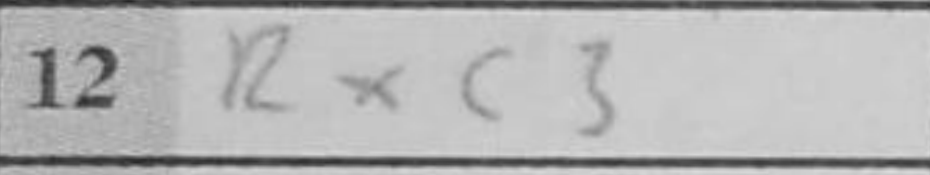
Transcription: Rxc3